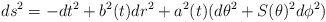
\begin{align*}ds^2=-dt^2+b^2(t)dr^2+a^2(t)(d\theta^2+S(\theta)^2d\phi^2)\end{align*}